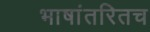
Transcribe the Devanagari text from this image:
भाषांतरितच